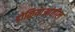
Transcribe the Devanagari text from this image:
डोळियाआंतील